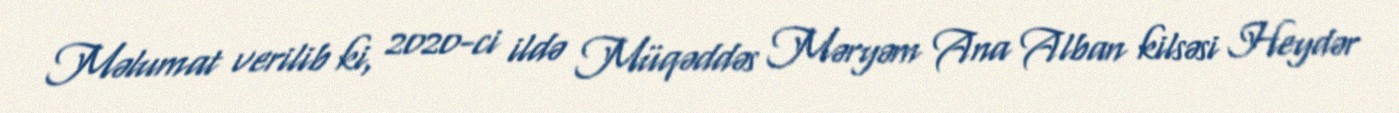
Məlumat verilib ki, 2020-ci ildə Müqəddəs Məryəm Ana Alban kilsəsi Heydər